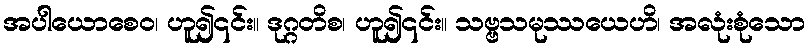
အပါယောစေဝ၊ ဟူ၍၎င်း။ ဒုဂ္ဂတိစ၊ ဟူ၍၎င်း။ သဗ္ဗသမုဿယေဟိ၊ အလုံးစုံသော